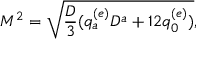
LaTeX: M ^ { 2 } = \sqrt { { \frac { D } { 3 } } ( q _ { a } ^ { ( e ) } D ^ { a } + 1 2 q _ { 0 } ^ { ( e ) } ) } ,